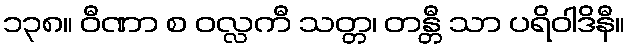
၁၃၈။ ဝီဏာ စ ဝလ္လကီ သတ္တ၊ တန္တီ သာ ပရိဝါဒိနီ။